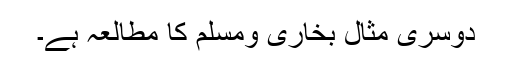
دوسری مثال بخاری ومسلم کا مطالعہ ہے۔